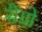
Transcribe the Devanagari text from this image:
सैंग्रो